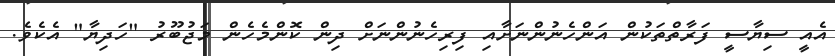
އެއީ ސިޔާސީ ފަރާތްތަކުން އަންހެނުންނަށާއި ފިރިހެނުންނަށް ދިން ކޮންމެހެން މަޖުބޫރު "ހަދިޔާ" އެކެވެ.